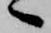
へ